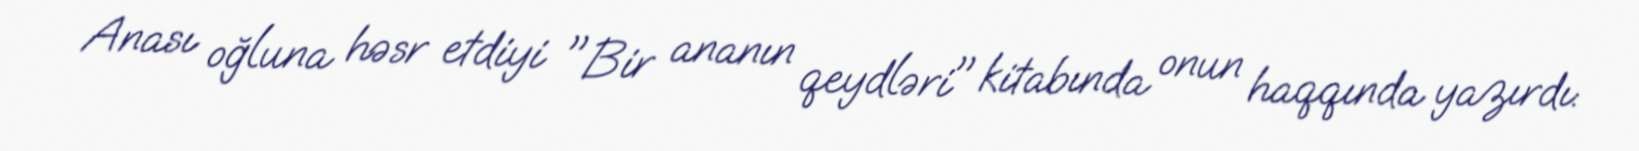
Anası oğluna həsr etdiyi "Bir ananın qeydləri" kitabında onun haqqında yazırdı: